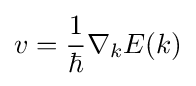
v={\frac {1}{\hbar }}\nabla _{k}E(k)